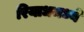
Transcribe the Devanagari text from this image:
रियाधमध्ये